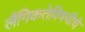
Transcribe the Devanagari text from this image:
लैंगिकतेविषयीचे